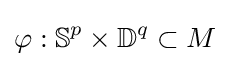
\varphi :\mathbb {S} ^{p}\times \mathbb {D} ^{q}\subset M